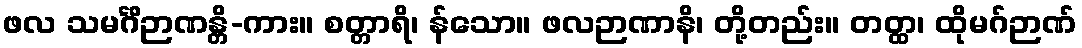
ဖလ သမင်္ဂိဉာဏန္တိ-ကား။ စတ္တာရိ၊ န်သော။ ဖလဉာဏာနိ၊ တို့တည်း။ တတ္ထ၊ ထိုမဂ်ဉာဏ်